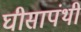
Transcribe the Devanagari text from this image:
घीसापंथी